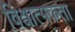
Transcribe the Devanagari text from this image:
विश्वात्मकता